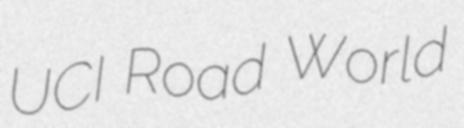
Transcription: UCI Road World